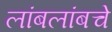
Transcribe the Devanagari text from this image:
लांबलांबचे